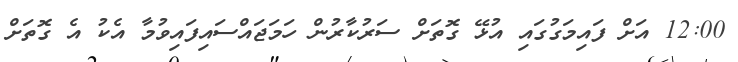
12:00 އަށް ފައިމަގުގައި އުޅޭ ގޮތަށް ސަރުކާރުން ހަމަޖައްސައިފައިވުމާ އެކު އެ ގޮތަށް